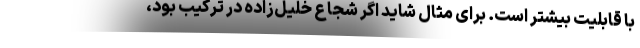
با قابلیت بیشتر است. برای مثال شاید اگر شجاع خلیل‌زاده در ترکیب بود،